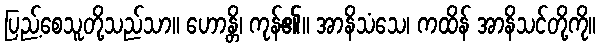
ပြည့်စေသူတို့သည်သာ။ ဟောန္တိ၊ ကုန်၏။ အာနိသံသေ၊ ကထိန် အာနိသင်တို့ကို။